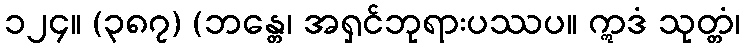
၁၂၄။ (၃၈၇) (ဘန္တေ၊ အရှင်ဘုရားပဿပ။ ဣဒံ သုတ္တံ၊